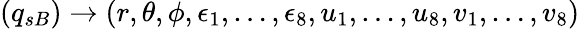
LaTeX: (q_{sB})\rightarrow(r,\theta,\phi,\epsilon_{1},\dots,\epsilon_{8},u_{1},\dots,u_{8},v_{1},\dots,v_{8})